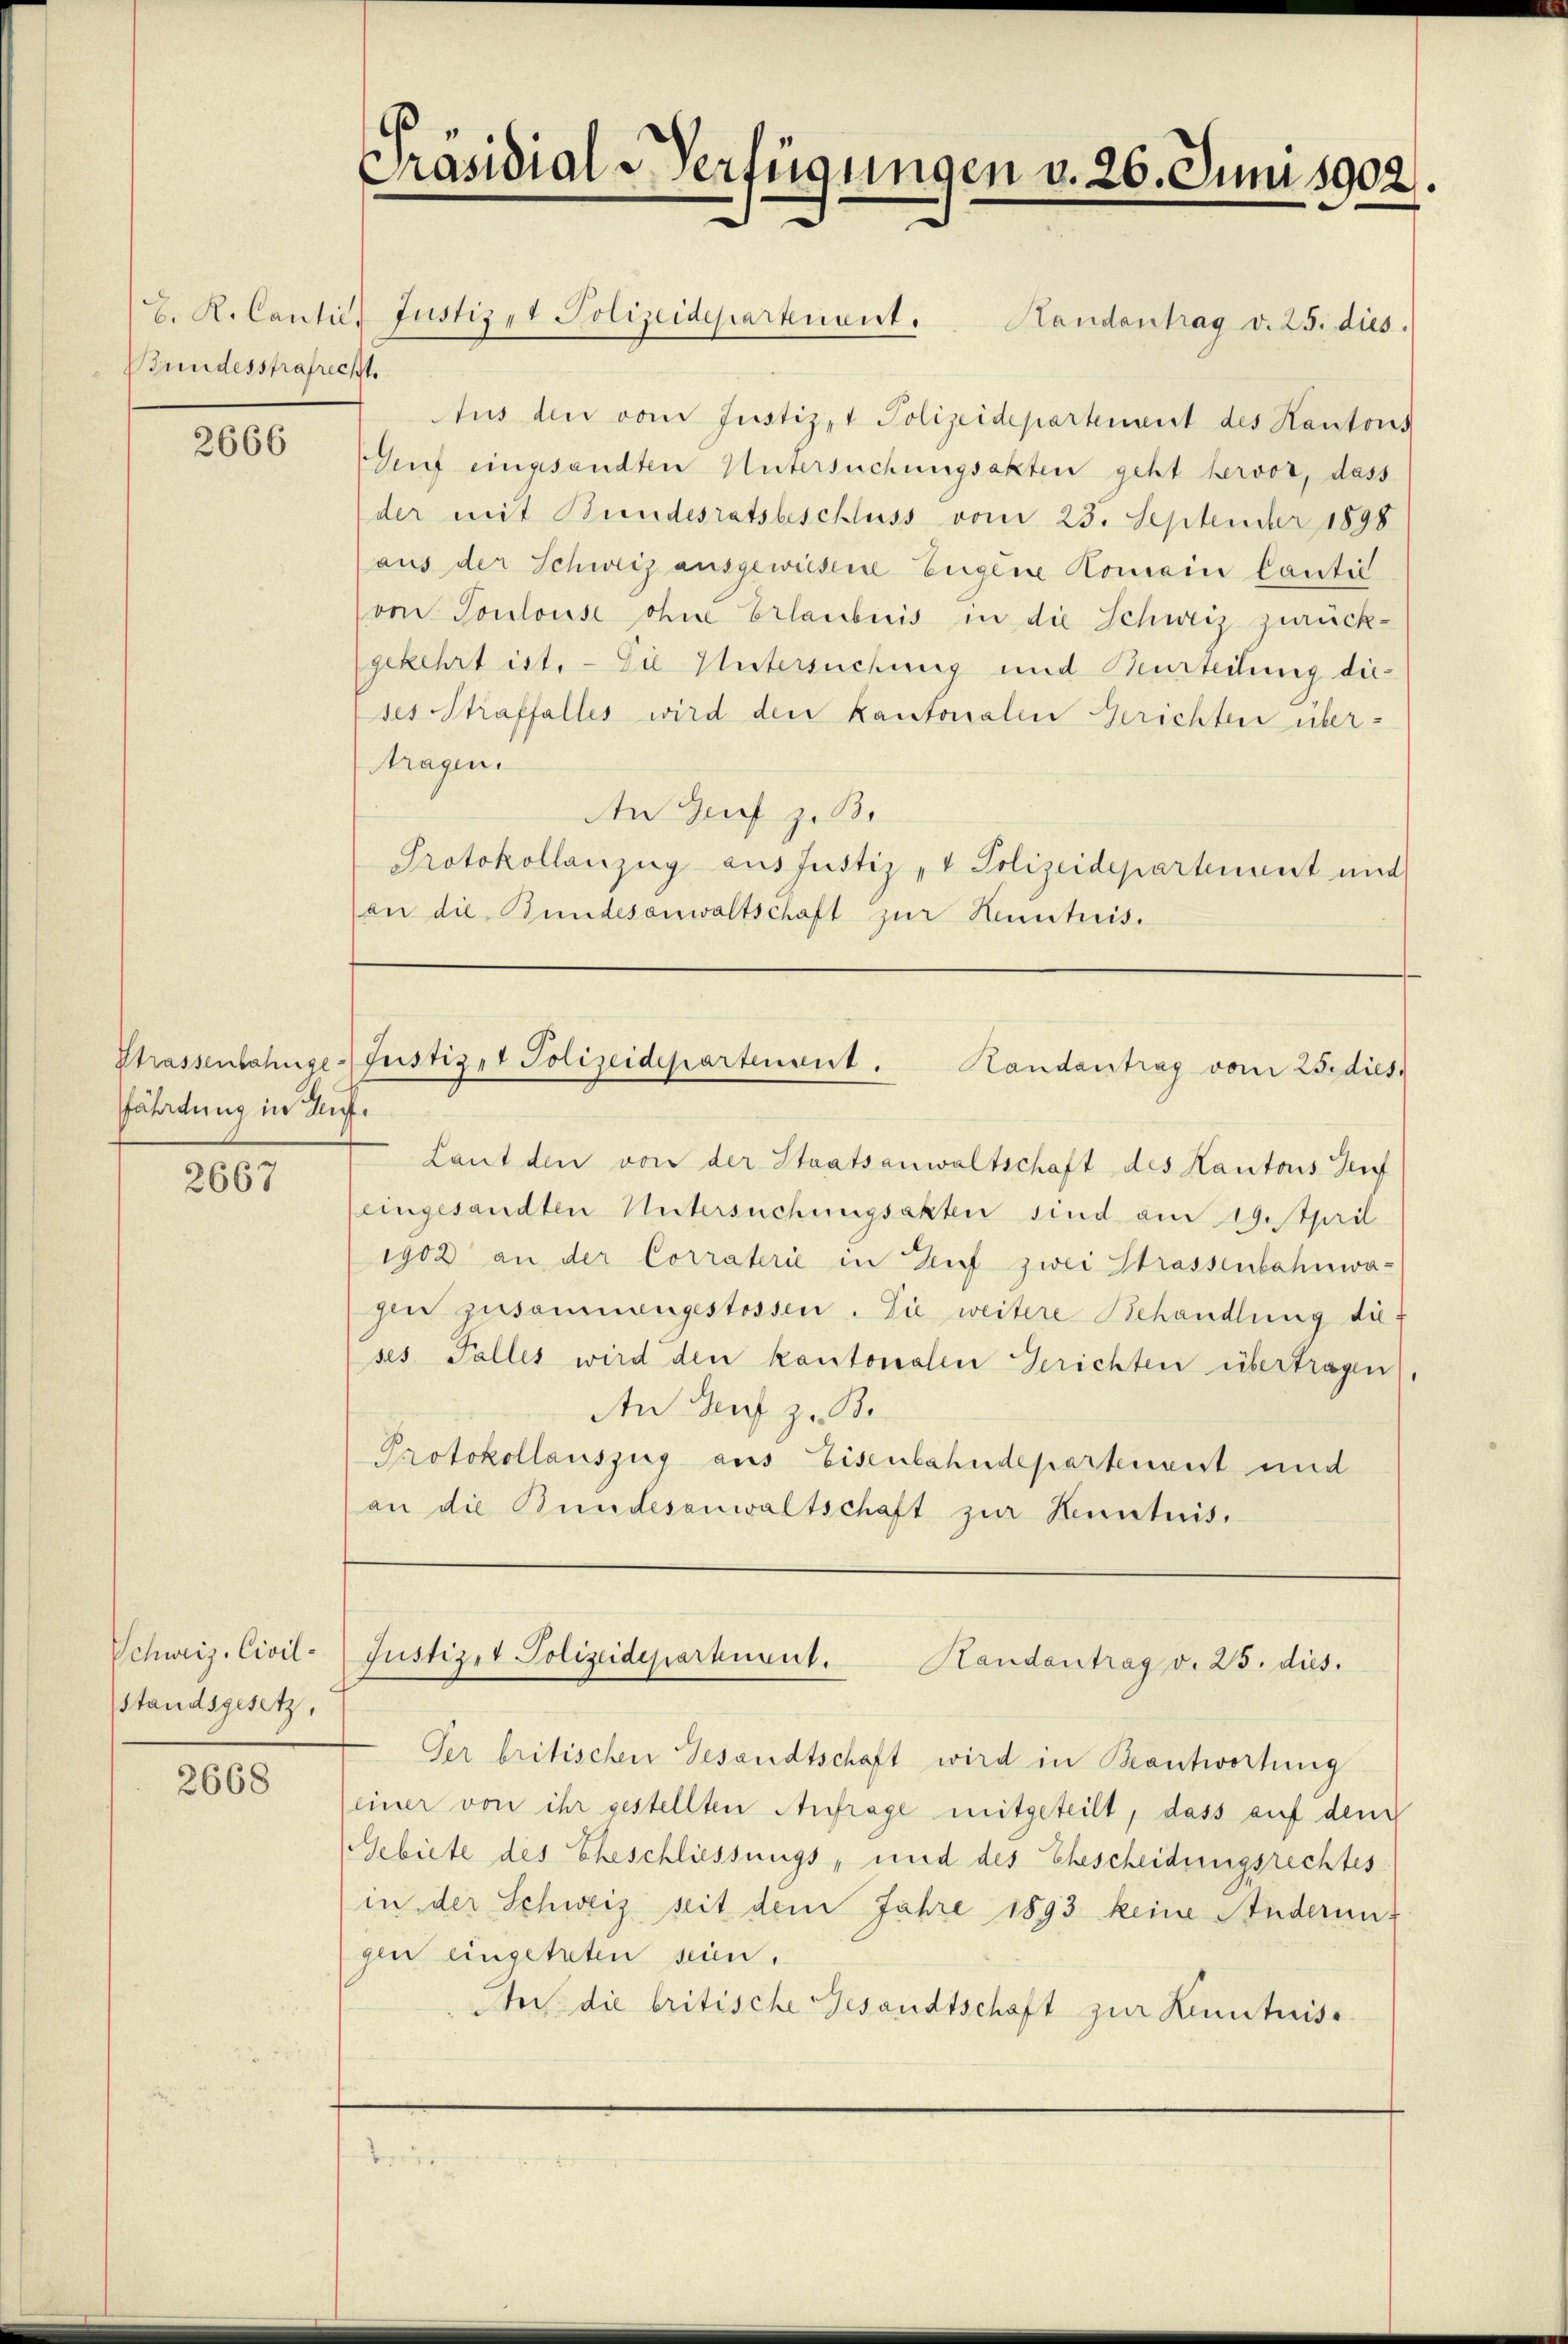
Bundesstrafrecht.

2666

fährtung in Auf¬

2667

Schweiz. Civilstandsgesetz,

2668

Präsidial-Verfügungen v. 26. Juni 1902.

b. K. Cantie, Justiz, Polizeidepartient. Handantrag v. 25. dies

Strassenbahnse-Justiz, Polizeidepartenant. Handantrag vom 25. dies

Aus den vom Justiz- & Polizeidepartement des Kantons
Seuf eingesandten Untersuchungsakten geht hervor, dass
der mit Stundesratsbeschluss vom 23. September 1898
aus der Schweiz ausgewiesene Eigene Komain Cantie
Coon Toulouse ohne Erlaubnis in die Schweiz zurückgekehrt ist. — Die Untersuchung und Beurteilung dieses Straffalles wird den kantonalen Gerichten übertragen.
An Zuf zu Be
Protokollanzug aus Justiz & Polizeidepartenant und
(an die Bundesanwaltschaft zur Kenntnis.

Laut den von der Staatsanwaltschaft des Kantons Teuf
feingesandten Untersuchungsakten sind am 19. April
1902 an der Corraterie in Auf zwei Strassenbahnwagen zusammengestossen. Sie weitere Behandlung die
ses Falles wird den kantonalen Gerichten übertragen
An Genf z. B.
Protokollauszug aus Eisenbahndepartement und
an die Bundesanwaltschaft zur Kenntnis.

Justiz & Polizeidepartient. Handantrag v. 25. dies.

Ver britischen Gesandtschaft wird in Beantwortung
einer von ihr gestellten Anfrage mitgeteilt, dass auf dem
Gebiete des Eheschliessungs- und des Ehescheidungsrechtes
in der Schweiz seit dem Jahre 1893 keine Anderung
gen eingetreten sein,
In die britische Gesandtschaft zur Kenntniss